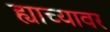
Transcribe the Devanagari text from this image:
ह्याच्यावर